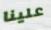
علينا